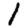
Digit: 1